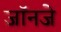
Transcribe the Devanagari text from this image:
जॉनजे